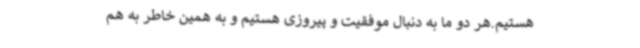
هستیم.هر دو ما به دنبال موفقیت و پیروزی هستیم و به همین خاطر به هم